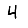
Digit: 4